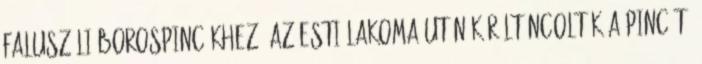
faluszéli borospincékhez. Az esti lakoma után körültáncolták a pincét,